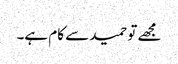
مجھے تو حمید سے کام ہے۔